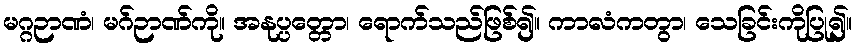
မဂ္ဂဉာဏံ၊ မဂ်ဉာဏ်ကို။ အနုပ္ပတ္တော၊ ရောက်သည်ဖြစ်၍။ ကာလံကတွာ၊ သေခြင်းကိုပြု၍။